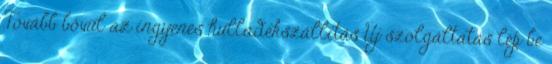
Tovább bővül az ingyenes hulladékszállítás Új szolgáltatás lép be